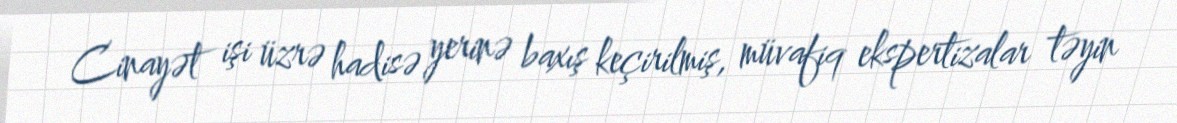
Cinayət işi üzrə hadisə yerinə baxış keçirilmiş, müvafiq ekspertizalar təyin